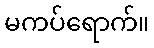
မကပ်ရောက်။